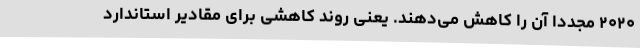
۲۰۲۰ مجددا آن را کاهش می‌دهند. یعنی روند کاهشی برای مقادیر استاندارد